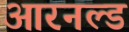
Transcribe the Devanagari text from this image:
आरनल्‍ड